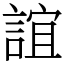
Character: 誼